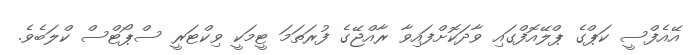
އޭއެފްސީ ކަޕްގެ ޕްލޭއޮފްގައި ވާދަކޮށްފައިވާ ރާއްޖޭގެ ފުރަތަމަ ޓީމަކީ ވިކްޓަރީ ސްޕޯޓްސް ކްލަބެވެ.